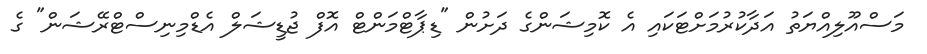
މަސްއޫލިއްޔަތު އަދާކުރުމަށްޓަކައި އެ ކޮމިޝަންގެ ދަށުން "ޑިޕާޓްމަންޓް އޮފް ޖުޑީޝަލް އެޑްމިނިސްޓްރޭޝަން" ގެ